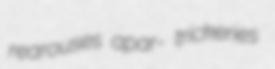
rearouses apar- trickeries